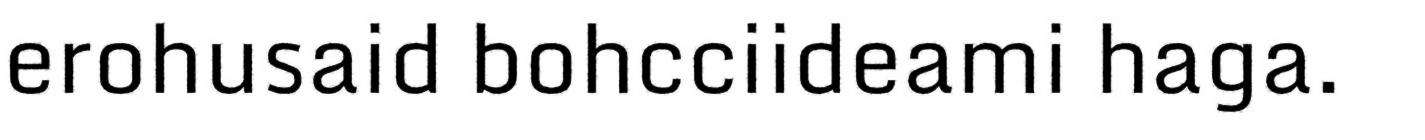
erohusaid bohcciideami haga.